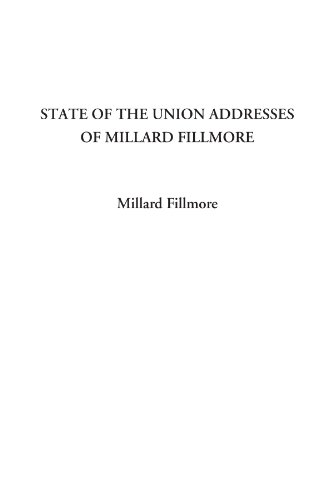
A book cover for State of the Union Addresses of Millard Fillmore; Millard Fillmore; Crafts, Hobbies & Home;